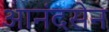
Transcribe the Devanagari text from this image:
आनंदसेन